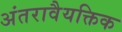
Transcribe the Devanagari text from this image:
अंतरावैयक्तिक